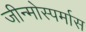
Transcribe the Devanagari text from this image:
जीन्मोस्पर्मास